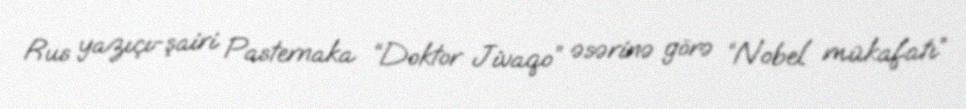
Rus yazıçı-şairi Pasternaka “Doktor Jivaqo” əsərinə görə “Nobel mükafatı”